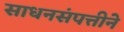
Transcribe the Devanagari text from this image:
साधनसंपत्तीने